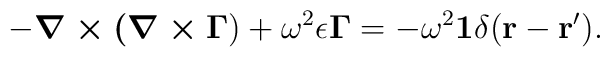
-\mbox{\boldmath{$\nabla\times(\nabla\times\Gamma$}})+\omega^2\epsilon\mbox{\boldmath{$\Gamma$}}=-\omega^2\mbox{\boldmath{$1$}}\delta({\bf r-r'}).